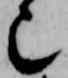
也